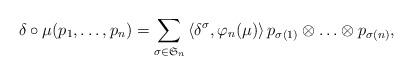
LaTeX: \begin{align*} \delta \circ \mu (p_1, \ldots, p_n) = \sum_{\sigma \in \mathfrak{S}_n}\left\langle \delta^{\sigma}, \varphi_n(\mu)\right\rangle p_{\sigma(1)} \otimes \ldots \otimes p_{\sigma(n)},\end{align*}